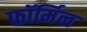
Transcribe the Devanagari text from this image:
फॉर्मिल